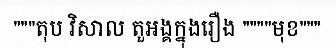
"""តុប វិសាល តួអង្គក្នុងរឿង """"មុខ"""